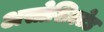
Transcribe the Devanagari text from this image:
असोशिएटेड